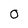
Character: O